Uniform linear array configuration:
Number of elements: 64
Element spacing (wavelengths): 1
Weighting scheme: blackman
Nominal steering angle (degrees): -60
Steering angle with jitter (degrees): -60.487
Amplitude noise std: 0.05
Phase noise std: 0.05

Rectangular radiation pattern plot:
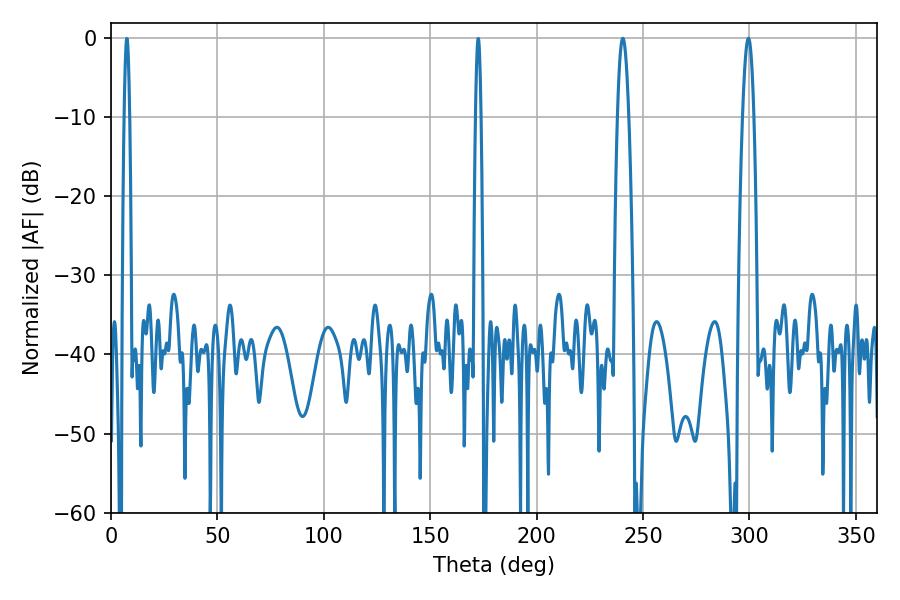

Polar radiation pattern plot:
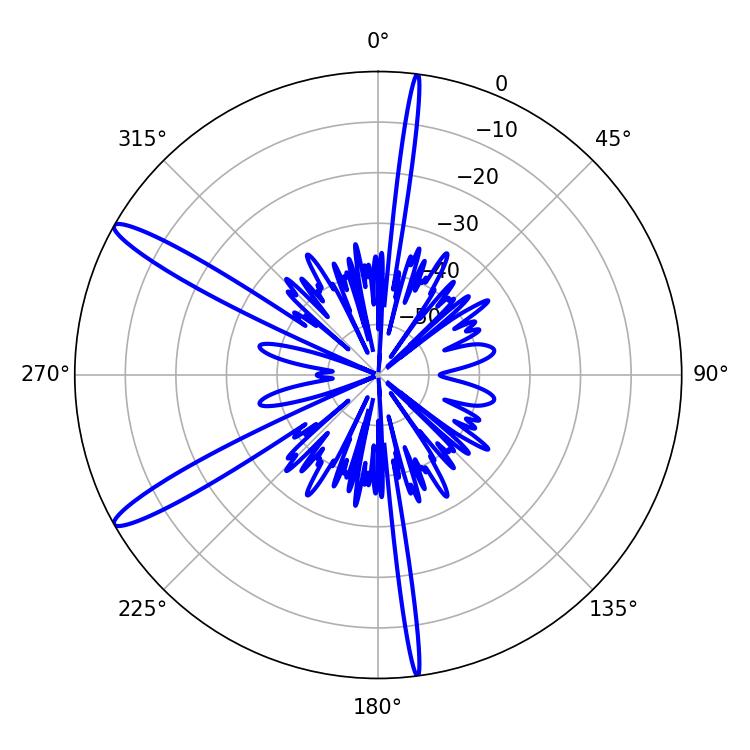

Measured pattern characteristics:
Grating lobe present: TRUE
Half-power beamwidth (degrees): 2.88
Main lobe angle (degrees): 299.52